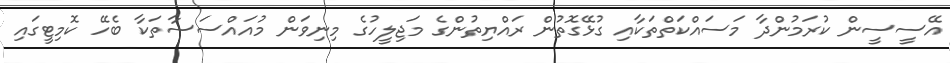
އޭސީސީން ކުރަމުންދާ މަސައްކަތްތަކާއި ގުޅޭގޮތުން ރައްޔިތުންގެ މަޖިލީހުގެ މިނިވަން މުއައްސަސާތަކާ ބެހޭ ކޮމިޓީގައި